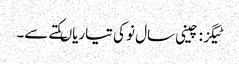
ٹیگز : چینی سال نو کی تیاریاںکتے سے۔